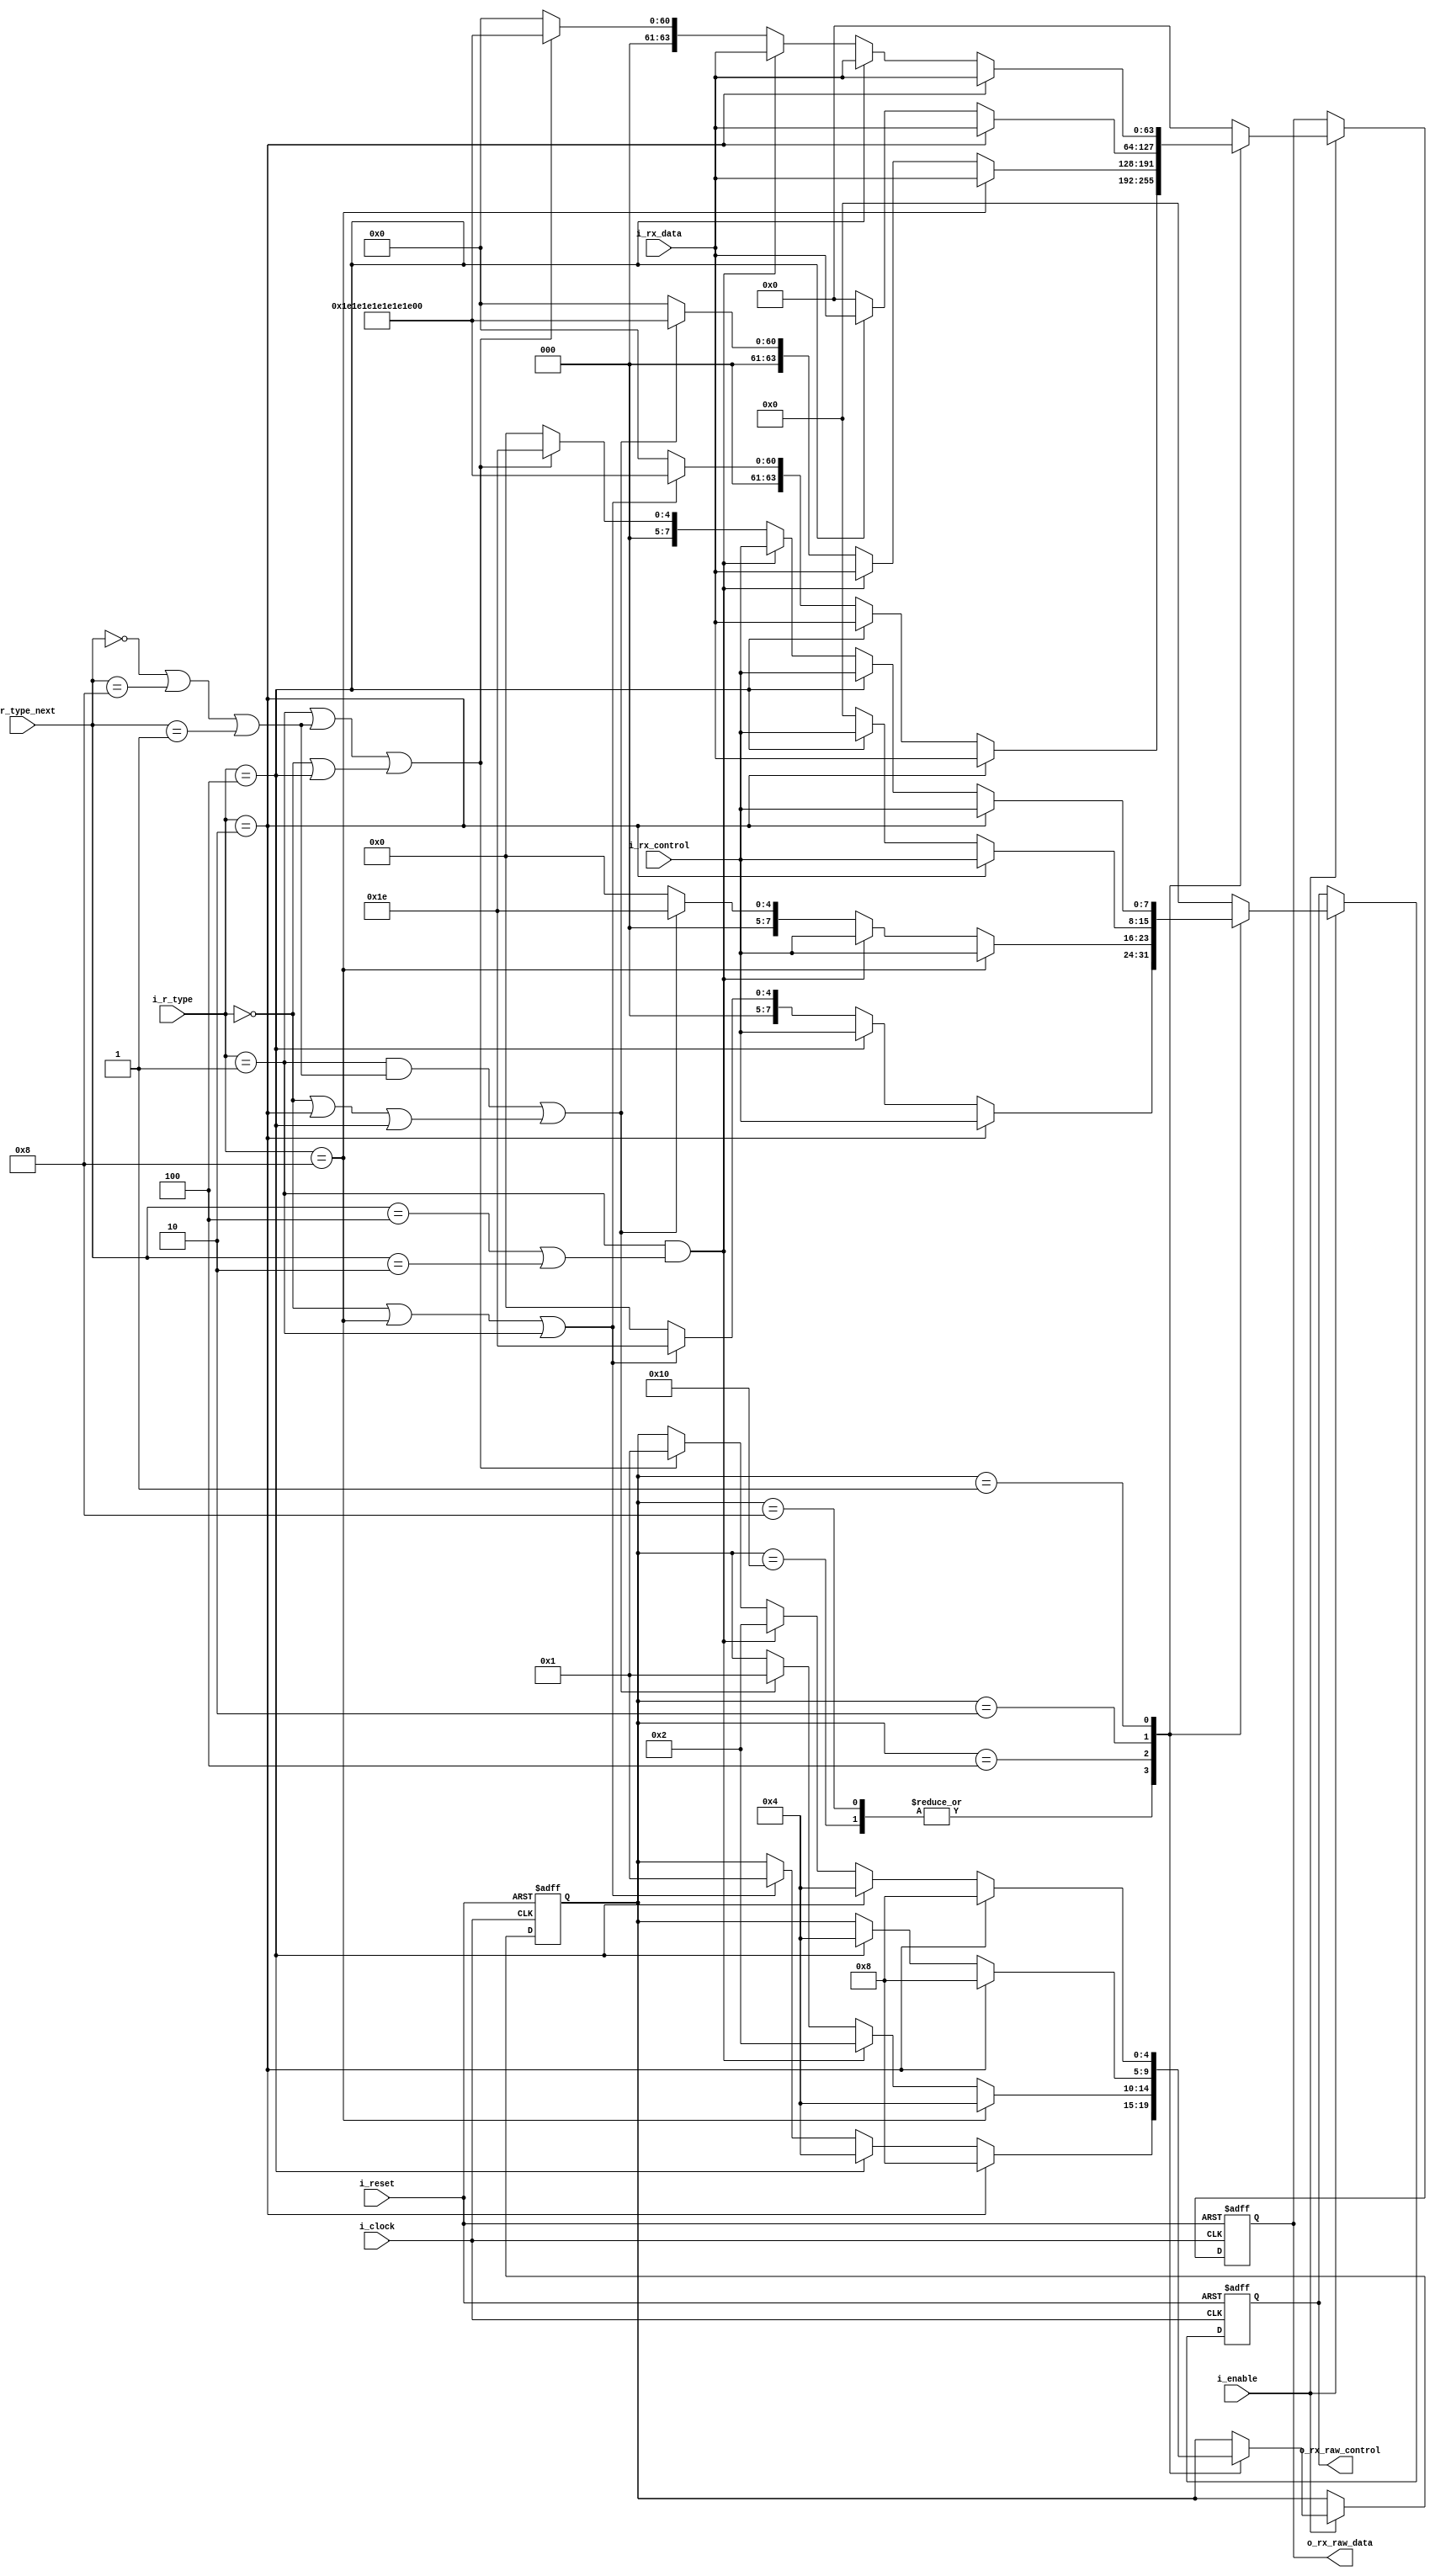
/*
	Verifica la secuencia de bloques recibidos
*/
module decoder_fsm
#(
    parameter 							LEN_DATA_BLOCK = 64,
    parameter 							LEN_CTRL_BLOCK = 8
 )
 (
 	input wire  						i_clock,
 	input wire  						i_reset,
 	input wire  						i_enable,
 	input wire 	[3 : 0] 				i_r_type,
 	input wire 	[3 : 0] 				i_r_type_next,
 	input wire  [LEN_DATA_BLOCK-1 : 0] 	i_rx_data,       //recibida desde el bloque comparador/decodificador
 	input wire  [LEN_CTRL_BLOCK-1 : 0] 	i_rx_control,    //recibida desde el bloque comparador/decodificador
 	output wire	[LEN_DATA_BLOCK-1 : 0] 	o_rx_raw_data,   // solo difiere de lo recibido del comparador si la secuencia es incorrecta
 	output wire	[LEN_CTRL_BLOCK-1 : 0] 	o_rx_raw_control // solo difiere de lo recibido del comparador si la secuencia es incorrecta
 );

reg [4 : 0]				state,state_next;
reg [LEN_DATA_BLOCK-1 : 0] rx_raw_data, rx_raw_data_next;
reg [LEN_CTRL_BLOCK-1 : 0] rx_raw_control, rx_raw_control_next;

assign o_rx_raw_data 	 = rx_raw_data;
assign o_rx_raw_control  = rx_raw_control;

//R_TYPE / i_r_type_next
localparam [3:0] TYPE_D  = 4'b1000;
localparam [3:0] TYPE_S  = 4'b0100;
localparam [3:0] TYPE_C  = 4'b0010;
localparam [3:0] TYPE_T  = 4'b0001;
localparam [3:0] TYPE_E  = 4'b0000;
//STATES
localparam [4:0] RX_INIT = 5'b10000;
localparam [4:0] RX_C    = 5'b01000;
localparam [4:0] RX_D    = 5'b00100;
localparam [4:0] RX_T    = 5'b00010;
localparam [4:0] RX_E    = 5'b00001;


/*

AGREGARR 

localparam [LEN_DATA_BLOCK-1 : 0] LBLOCK_R_DATA = local fault orderer set en clausula 81.2.3    //0x5c00000100000000 ESE ES EL FORMATO DE BLOQUE
localparam [LEN_CTRL_BLOCK-1 : 0] LBLOCK_R_CTRL

*/

localparam [LEN_DATA_BLOCK-1 : 0] EBLOCK_R_DATA = 64'h1E1E1E1E1E1E1E1E;
localparam [LEN_CTRL_BLOCK-1 : 0] EBLOCK_R_CTRL = 8'h1E;

//Update state
always @ (posedge i_clock, posedge i_reset)
begin
	

	if(i_reset)
	begin	
		//rx_raw_data <= LBLOCK_R_DATA;  
		//rx_raw_control <= LBLOCK_R_CTRL;
		rx_raw_data <= {LEN_DATA_BLOCK{1'b0}};  
        rx_raw_control <= {LEN_CTRL_BLOCK{1'b0}};
		state <= RX_INIT;

	end
	else if(i_enable)
	begin

		rx_raw_data <= rx_raw_data_next;
		rx_raw_control <= rx_raw_control_next;
		state <= state_next;
		
	end

end

always @ *
begin

	state_next 			= state;
	rx_raw_control_next = {LEN_CTRL_BLOCK{1'b0}};
	rx_raw_data_next 	= {LEN_DATA_BLOCK{1'b0}};

	case(state)
		
		RX_INIT:
		begin
				if(i_r_type == TYPE_C)
				begin
					state_next = RX_C;
					rx_raw_data_next = i_rx_data;
					rx_raw_control_next = i_rx_control;

				end
				else if(i_r_type == TYPE_S)
				begin
					state_next = RX_D;
					rx_raw_data_next = i_rx_data;
					rx_raw_control_next = i_rx_control;
				end
				else if(i_r_type == TYPE_E || i_r_type == TYPE_D || i_r_type == TYPE_T)
				begin
					state_next = RX_E;
					rx_raw_data_next = EBLOCK_R_DATA;
					rx_raw_control_next = EBLOCK_R_CTRL;
				end
		end

		RX_C:
		begin
				if(i_r_type == TYPE_C)
				begin
					state_next = RX_C;
					rx_raw_data_next = i_rx_data;
					rx_raw_control_next = i_rx_control;
				end
				else if(i_r_type == TYPE_S)
				begin
					state_next = RX_D;
					rx_raw_data_next = i_rx_data;
					rx_raw_control_next = i_rx_control;
				end
				else if(i_r_type == TYPE_E || i_r_type == TYPE_D || i_r_type == TYPE_T)
				begin
					state_next = RX_E;
					rx_raw_data_next = EBLOCK_R_DATA;
					rx_raw_control_next = EBLOCK_R_CTRL;
				end
		end

		RX_D:
		begin
				if(i_r_type == TYPE_D)
				begin
					state_next = RX_D;
					rx_raw_data_next = i_rx_data;
					rx_raw_control_next = i_rx_control;
				end
				else if(i_r_type == TYPE_T && (i_r_type_next == TYPE_S ||  i_r_type_next == TYPE_C))
				begin
					state_next = RX_T;
					rx_raw_data_next = i_rx_data;
					rx_raw_control_next = i_rx_control;
				end
				else if((i_r_type == TYPE_T && (i_r_type_next == TYPE_E || i_r_type_next == TYPE_D || i_r_type_next == TYPE_T)) || (i_r_type == TYPE_E || i_r_type == TYPE_C || i_r_type == TYPE_S))
				begin
					state_next = RX_E;
					rx_raw_data_next = EBLOCK_R_DATA;
					rx_raw_control_next = EBLOCK_R_CTRL;
				end	
		end

		RX_T:
		begin
				if(i_r_type == TYPE_C)
				begin
					state_next = RX_C;
					rx_raw_data_next = i_rx_data;
					rx_raw_control_next = i_rx_control;
				end
				else if(i_r_type == TYPE_S)
				begin
					state_next = RX_D;
					rx_raw_data_next = i_rx_data;
					rx_raw_control_next = i_rx_control;
				end
		end

		RX_E:
		begin
				if(i_r_type == TYPE_C)
				begin
					state_next = RX_C;
					rx_raw_data_next = i_rx_data;
					rx_raw_control_next = i_rx_control;
				end
				else if(i_r_type == TYPE_S)
				begin
					state_next = RX_D;
					rx_raw_data_next = i_rx_data;
					rx_raw_control_next = i_rx_control;
				end
				else if(i_r_type == TYPE_T && (i_r_type_next == TYPE_S || i_r_type_next == TYPE_C))
				begin
					state_next = RX_T;
					rx_raw_data_next = i_rx_data;
					rx_raw_control_next = i_rx_control;
				end
				else if((i_r_type == TYPE_T || (i_r_type_next == TYPE_E || i_r_type_next == TYPE_D || i_r_type_next == TYPE_T)) || (i_r_type == TYPE_E || i_r_type == TYPE_S))
				begin
					state_next = RX_E;
					rx_raw_data_next = EBLOCK_R_DATA;
					rx_raw_control_next = EBLOCK_R_CTRL;
				end
		end
	endcase
end

endmodule